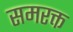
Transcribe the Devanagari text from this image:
समरक्त